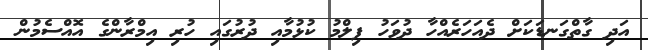
އަދި ގާތްގަނޑަކަށް ދެއަހަރެއްހާ ދުވަހު ފިލްމު ކުޅުމާއި ދުރުގައި ހުރި އިމްރާންގެ އޮއްސެމުން